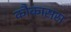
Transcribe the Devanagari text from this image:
कौकासस